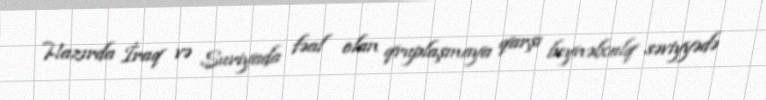
Hazırda İraq və Suriyada fəal olan qruplaşmaya qarşı beynəlxalq səviyyədə